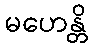
မဟေန္တိ